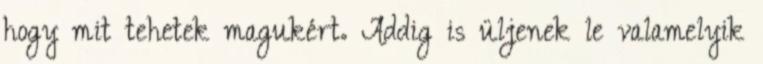
hogy mit tehetek magukért. Addig is üljenek le valamelyik